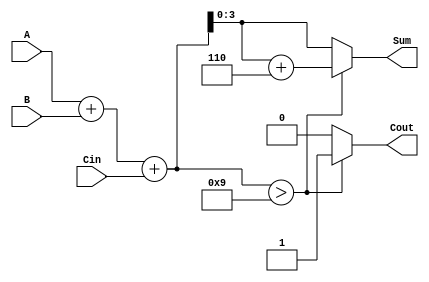
module BCD_Fast_Adder (
    input  wire [3:0] A,     // BCD digit A
    input  wire [3:0] B,     // BCD digit B
    input  wire Cin,         // Carry-in
    output reg  [3:0] Sum,   // BCD sum
    output reg  Cout         // Carry-out
);

    wire [4:0] TempSum;      // 5-bit temporary sum to hold A + B + Cin
    wire correction_needed;   // Flag to indicate if correction is needed

    // Step 1: Perform binary addition
    assign TempSum = A + B + Cin;

    // Step 2: Determine if correction is needed
    assign correction_needed = (TempSum > 9);

    // Step 3: Output assignment
    always @(*) begin
        if (correction_needed) begin
            Sum = TempSum + 5'd6; // Add 6 to correct the BCD
            Cout = 1;             // Set carry-out
        end else begin
            Sum = TempSum[3:0];   // No correction needed, take lower 4 bits
            Cout = 0;             // No carry-out
        end
    end

endmodule